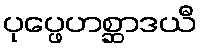
ပုပ္ဖေဟစ္ဆာဒယီ